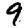
Digit: 9